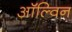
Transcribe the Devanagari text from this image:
ऑल्विन